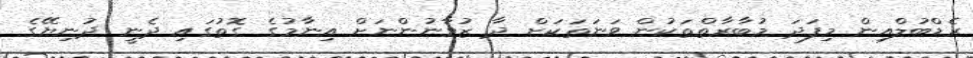
ރެޑްބުލްއިން މިފަދަ މުބާރާތްތަކުން ވަނަތަކަށް ދާ ޒުވާނުންނަށް އިނާމުގެ ގޮތުގައި ދެނީ ދުނިޔޭގެ